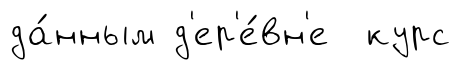
да́нным д'ер'е́вн'е курс